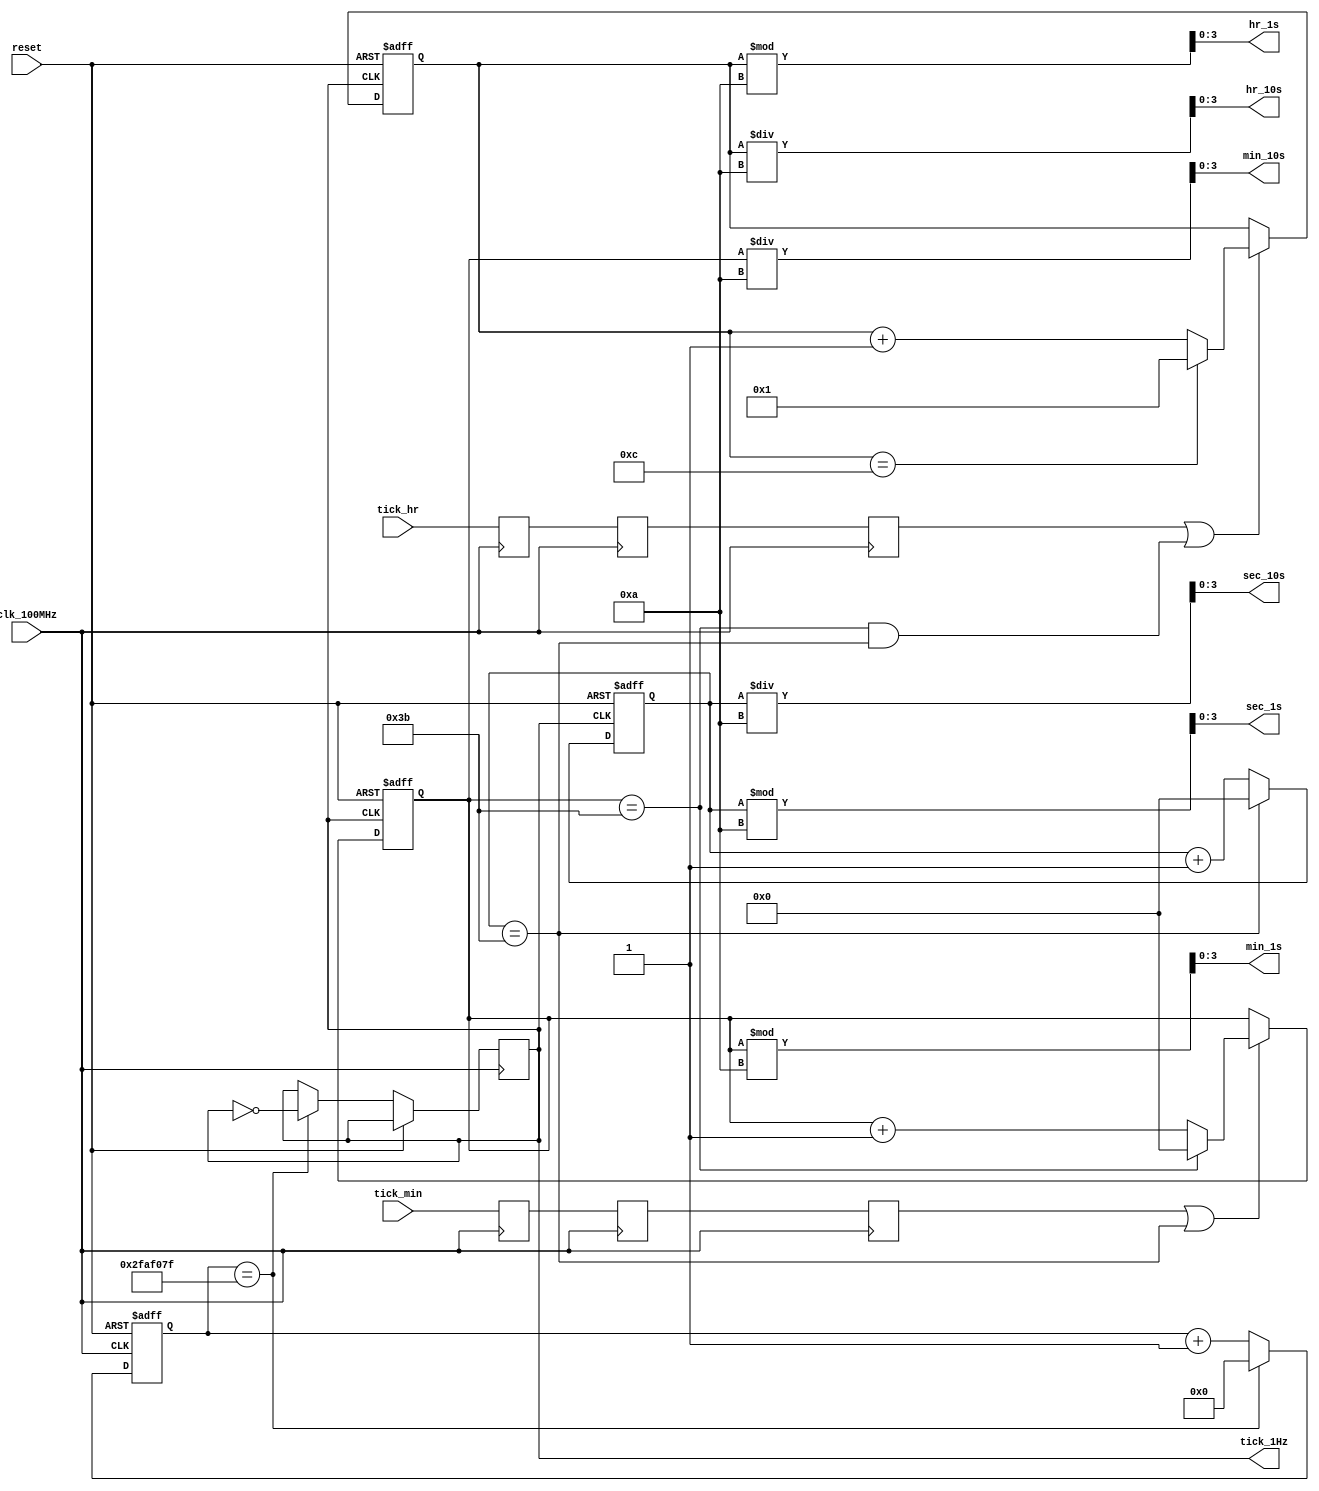
`timescale 1ns/1ps

module new_binary_clock(
    input clk_100MHz,           // sys clock
    input reset,                // reset clock
    input tick_hr,              // to increment hours
    input tick_min,             // to increment minutes

    output tick_1Hz,            // 1Hz output signal
    output [3:0] sec_1s, sec_10s,   // BCD outputs for seconds
    output [3:0] min_1s, min_10s,   // BCD outputs for minutes
    output [3:0] hr_1s, hr_10s      // BCD outputs for hours
);

    // signals for button debouncing
    reg a, b, c, d, e, f;
    wire db_hr, db_min;

    // debounce tick hour button input
    always @(posedge clk_100MHz) begin
        a <= tick_hr;
        b <= a;
        c <= b;
    end
    assign db_hr = c;

    // debounce tick minute button input
    always @(posedge clk_100MHz) begin
        d <= tick_min;
        e <= d;
        f <= e;
    end
    assign db_min = f;

    // ****************************************************
    // create the 1Hz signal
    reg [31:0] ctr_1Hz = 32'h0;
    reg r_1Hz = 1'b0;

    always @(posedge clk_100MHz or posedge reset)
        if (reset)
            ctr_1Hz <= 32'h0;
        else
            if (ctr_1Hz == 49_999_999) begin
                ctr_1Hz <= 32'h0;
                r_1Hz <= ~r_1Hz;
            end
            else
                ctr_1Hz <= ctr_1Hz + 1;



    // ******************************************************
    // reg for each time value
    reg [5:0] seconds_ctr = 6'b0;       // 0
    reg [5:0] minutes_ctr = 6'b0;       // 0
    reg [3:0] hours_ctr = 4'hc;         // 12

    // seconds counter reg control
    always @(posedge tick_1Hz or posedge reset)
        if (reset)
            seconds_ctr <= 6'b0;
        else
            if (seconds_ctr == 59)
                seconds_ctr <= 6'b0;
            else
                seconds_ctr <= seconds_ctr + 1;

    // minutes counter reg control
    always @(posedge tick_1Hz or posedge reset)
        if (reset)
            minutes_ctr <= 6'b0;
        else
            if (db_min | (seconds_ctr == 59))
                if (minutes_ctr == 59)
                    minutes_ctr <= 6'b0;
                else
                    minutes_ctr <= minutes_ctr + 1;

    // hours counter reg control
    always @(posedge tick_1Hz or posedge reset)
        if (reset)
            hours_ctr <= 4'hc;      // 12
        else
            if (db_hr | (minutes_ctr == 59 && seconds_ctr == 59))
                if (hours_ctr == 12)
                    hours_ctr <= 4'h1;
                else
                    hours_ctr <= hours_ctr + 1;

    // ***********************************************************8
    // convert binary values to output bcd values
    assign sec_10s = seconds_ctr / 10;
    assign sec_1s = seconds_ctr % 10;
    assign min_10s = minutes_ctr / 10;
    assign min_1s = minutes_ctr % 10;
    assign hr_10s = hours_ctr / 10;
    assign hr_1s = hours_ctr % 10;

    // 1Hz output
    assign tick_1Hz = r_1Hz;
endmodule